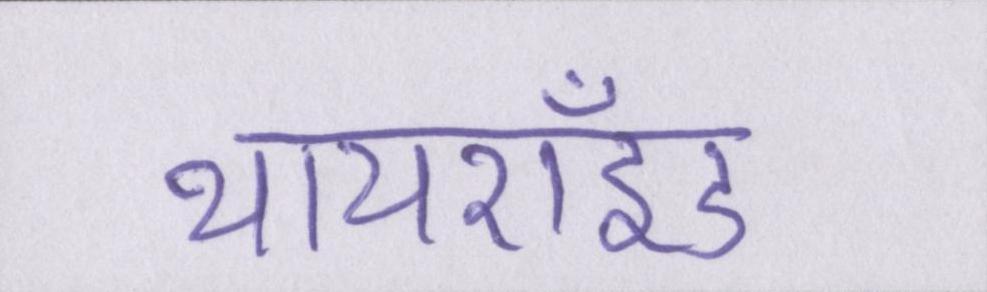
थायरॉइड